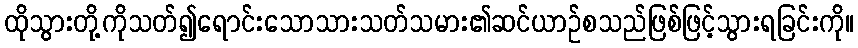
ထိုသွားတို့ကိုသတ်၍ရောင်းသောသားသတ်သမား၏ဆင်ယာဉ်စသည်ဖြစ်ဖြင့်သွားရခြင်းကို။